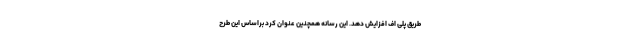
طریق پلی اف افزایش دهد. این رسانه همچنین عنوان کرد براساس این طرح